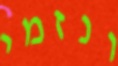
ונזמי